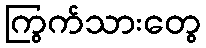
ကြွက်သားတွေ